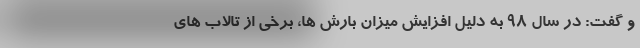
و گفت: در سال ۹۸ به دلیل افزایش میزان بارش ها، برخی از تالاب های